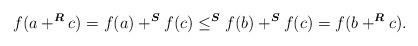
LaTeX: \begin{align*} f(a+^{\boldsymbol{R}}c) = f(a)+^{\boldsymbol{S}}f(c)\leq^{\boldsymbol{S}}f(b)+^{\boldsymbol{S}}f(c) = f(b+^{\boldsymbol{R}}c).\end{align*}